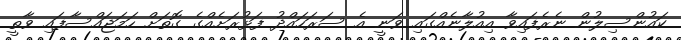
ކައުންސިލުން ނެރެފައިވާ އިއުލާނެއްގައި ވަނީ އެ ސަރަހައްދު ފަޅުރަށެއްގެ ގޮތަށް ހަމަޖައްސާފައި ވާތީ